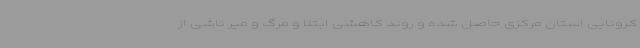
کرونایی استان مرکزی حاصل شده و روند کاهشی ابتلا و مرگ و میر ناشی از